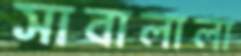
সাবালালা